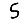
Digit: 5